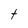
Character: t